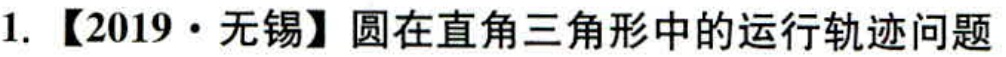
1. 【2019·无锡】圆在直角三角形中的运行轨迹问题